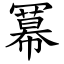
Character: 冪